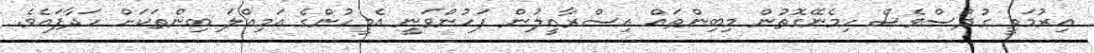
އިރުމަތީ ގުދުސްވެސް ހިމެނޭގޮތުން މިބިންތައް އިސްރާއީލުން ފަހުންވަނީ އެމީހުންގެ އަމިއްލަ ބިންތަކަށް ހަދާފައެވެ.